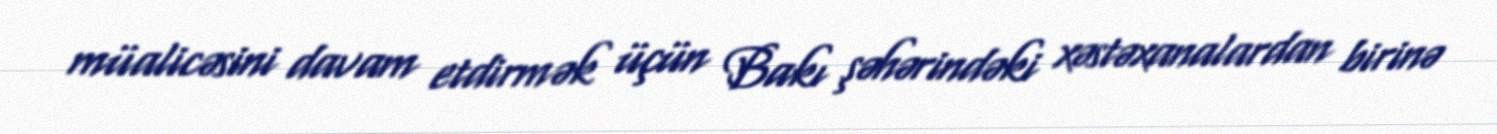
müalicəsini davam etdirmək üçün Bakı şəhərindəki xəstəxanalardan birinə